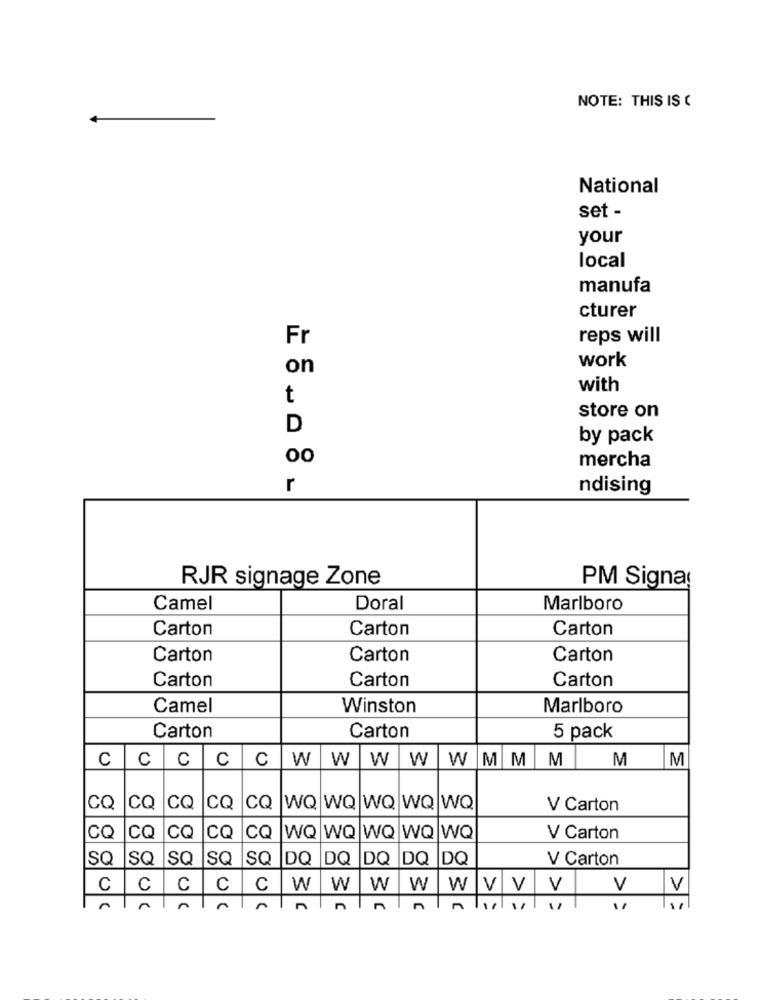
NOTE: THIS IS C
National
set -
your
local
manufa
cturer
Fr
reps will
work
on
with
t
store on
D
by pack
00
mercha
r
ndising
RJR signage Zone
PM Signa!
Camel
Doral
Marlboro
Carton
Carton
Carton
Carton
Carton
Carton
Carton
Carton
Carton
Camel
Winston
Marlboro
Carton
Carton
5 pack
CCCCC
W
IW
W W
W M M M M M
CQ
CQ
ICQ
CQ CQ
WQ WQ WQ WQ WQ
V Carton
CC
CQ
CQ
CQ CQ
WQ WQ
IWQ
WQ WQ
V Carton
SQ
SQ
SQ
SQ SQ
DQ DQ
DQ
IDQ
IDQ
V Carton
C
C
C
C
C
W
W
W
W
W V V V
V
V
"